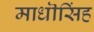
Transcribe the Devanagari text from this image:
माधॊसिंह